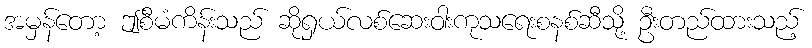
အမှန်တော့ ဤစီမံကိန်းသည် ဆိုရှယ်လစ်ဆေးဝါးကုသရေးစနစ်ဆီသို့ ဦးတည်ထားသည့်